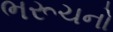
ભરૂચનો